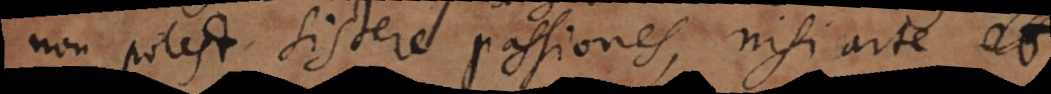
non potest sistere passiones, nisi arte et